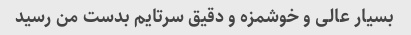
بسیار عالی و خوشمزه و دقیق سرتایم بدست من رسید